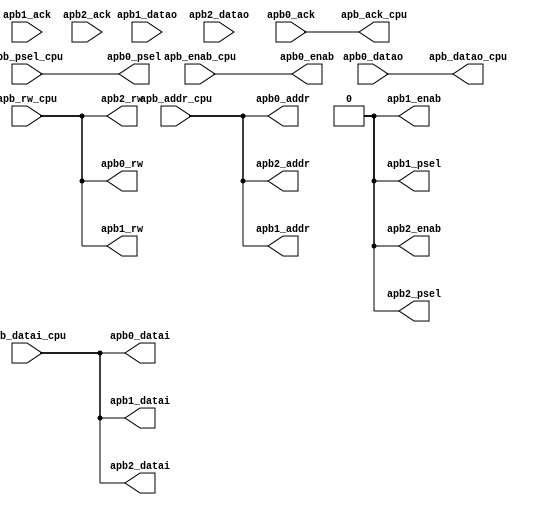
/*------------------------------------------------------------------------------
--------------------------------------------------------------------------------
Copyright (c) 2016, Loongson Technology Corporation Limited.

All rights reserved.

Redistribution and use in source and binary forms, with or without modification,
are permitted provided that the following conditions are met:

1. Redistributions of source code must retain the above copyright notice, this 
list of conditions and the following disclaimer.

2. Redistributions in binary form must reproduce the above copyright notice, 
this list of conditions and the following disclaimer in the documentation and/or
other materials provided with the distribution.

3. Neither the name of Loongson Technology Corporation Limited nor the names of 
its contributors may be used to endorse or promote products derived from this 
software without specific prior written permission.

THIS SOFTWARE IS PROVIDED BY THE COPYRIGHT HOLDERS AND CONTRIBUTORS "AS IS" AND 
ANY EXPRESS OR IMPLIED WARRANTIES, INCLUDING, BUT NOT LIMITED TO, THE IMPLIED 
WARRANTIES OF MERCHANTABILITY AND FITNESS FOR A PARTICULAR PURPOSE ARE 
DISCLAIMED. IN NO EVENT SHALL LOONGSON TECHNOLOGY CORPORATION LIMITED BE LIABLE
TO ANY PARTY FOR DIRECT, INDIRECT, INCIDENTAL, SPECIAL, EXEMPLARY, OR 
CONSEQUENTIAL DAMAGES (INCLUDING, BUT NOT LIMITED TO, PROCUREMENT OF SUBSTITUTE 
GOODS OR SERVICES; LOSS OF USE, DATA, OR PROFITS; OR BUSINESS INTERRUPTION) 
HOWEVER CAUSED AND ON ANY THEORY OF LIABILITY, WHETHER IN CONTRACT, STRICT 
LIABILITY, OR TORT (INCLUDING NEGLIGENCE OR OTHERWISE) ARISING IN ANY WAY OUT OF
THE USE OF THIS SOFTWARE, EVEN IF ADVISED OF THE POSSIBILITY OF SUCH DAMAGE.
--------------------------------------------------------------------------------
------------------------------------------------------------------------------*/

`define APB_DEV0  6'h10
`define APB_DEV2  6'h14
`define APB_DEV1  6'h1c
module apb_mux2 (
    apb_ack_cpu,
    apb_rw_cpu,
    apb_psel_cpu,
    apb_enab_cpu,
    apb_addr_cpu,
    apb_datai_cpu,
    apb_datao_cpu,

    apb0_ack,
    apb0_rw,
    apb0_psel,
    apb0_enab,
    apb0_addr,
    apb0_datai,
    apb0_datao,

    apb1_ack,
    apb1_rw,
    apb1_psel,
    apb1_enab,
    apb1_addr,
    apb1_datai,
    apb1_datao,

    apb2_ack,
    apb2_rw,
    apb2_psel,
    apb2_enab,
    apb2_addr,
    apb2_datai,
    apb2_datao
);

parameter ADDR_APB = 20,
          DATA_APB = 8;

output                  apb_ack_cpu;
input                   apb_rw_cpu;
input                   apb_psel_cpu;
input                   apb_enab_cpu;
input [ADDR_APB-1:0]    apb_addr_cpu;
input [DATA_APB-1:0]    apb_datai_cpu;
output[DATA_APB-1:0]    apb_datao_cpu;

wire                  apb0_req;
input                   apb0_ack;
output                  apb0_rw;
output                  apb0_psel;
output                  apb0_enab;
output[ADDR_APB-1:0]    apb0_addr;
output[DATA_APB-1:0]    apb0_datai;
input [DATA_APB-1:0]    apb0_datao;

wire                  apb1_req;
input                   apb1_ack;
output                  apb1_rw;
output                  apb1_psel;
output                  apb1_enab;
output[ADDR_APB-1:0]    apb1_addr;
output[DATA_APB-1:0]    apb1_datai;
input [DATA_APB-1:0]    apb1_datao;

wire                  apb2_req;
input                   apb2_ack;
output                  apb2_rw;
output                  apb2_psel;
output                  apb2_enab;
output[ADDR_APB-1:0]    apb2_addr;
output[DATA_APB-1:0]    apb2_datai;
input [DATA_APB-1:0]    apb2_datao;

wire                    apb_ack; 
wire                    apb_rw;
wire                    apb_psel;
wire                    apb_enab;
wire [ADDR_APB-1:0]     apb_addr;
wire [DATA_APB-1:0]     apb_datai;
wire [DATA_APB-1:0]     apb_datao;

assign apb_addr         = apb_addr_cpu; 
assign apb_rw           = apb_rw_cpu; 
assign apb_psel         = apb_psel_cpu; 
assign apb_enab         = apb_enab_cpu; 
assign apb_datai        = apb_datai_cpu; 

assign apb_datao_cpu      = apb_datao;
assign apb_ack_cpu        = apb_ack;

wire [5:0] chk_addr = apb_addr[ADDR_APB-1:14];

assign apb0_req = (chk_addr ==`APB_DEV0) || 1'b1;
assign apb1_req = (chk_addr ==`APB_DEV1) && 1'b0;
assign apb2_req = (chk_addr ==`APB_DEV2) && 1'b0;

assign apb0_psel = apb_psel && apb0_req;
assign apb1_psel = apb_psel && apb1_req;
assign apb2_psel = apb_psel && apb2_req;

assign apb0_enab = apb_enab && apb0_req;
assign apb1_enab = apb_enab && apb1_req;
assign apb2_enab = apb_enab && apb2_req;

assign apb_ack = apb0_req ? apb0_ack : 
                 apb1_req ? apb1_ack : 
                 apb2_req ? apb2_ack : 
                 1'b0;

assign apb_datao = apb0_req ? apb0_datao : 
                   apb1_req ? apb1_datao[7:0] : 
                   apb2_req ? apb2_datao[7:0] : 
                   8'b0;


assign apb0_addr  = apb_addr;
assign apb0_datai = apb_datai;
assign apb0_rw    = apb_rw;

assign apb1_addr  = apb_addr;
assign apb1_datai = apb_datai;
assign apb1_rw    = apb_rw;

assign apb2_addr  = apb_addr;
assign apb2_datai = apb_datai;
assign apb2_rw    = apb_rw;

endmodule